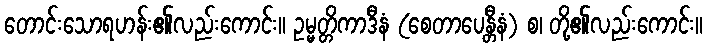
တောင်းသောရဟန်း၏လည်းကောင်း။ ဥမ္မတ္တိကာဒီနံ (စေတာပေန္တီနံ) စ၊ တို့၏လည်းကောင်း။